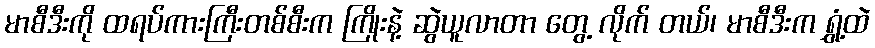
မာစီဒီးကို ထရပ်ကားကြီးတစ်စီးက ကြိုးနဲ့ ဆွဲယူလာတာ တွေ့ လိုက် တယ်၊ မာစီဒီးက ရွှံ့ထဲ